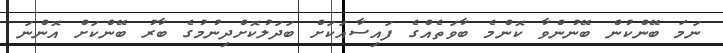
ނަމަ ބޭންކުން ބޭނުންވާ ކޮންމެ ބާވަތެއްގެ ފައިސާއަކަށް ބަދަލުކޮށްދިނުމުގެ ބާރު ބޭންކަށް އޮންނަ